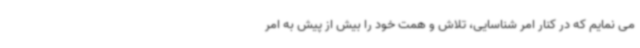
می نمایم که در کنار امر شناسایی، تلاش و همت خود را بیش از پیش به امر